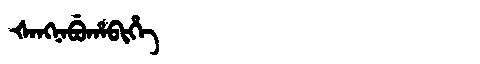
Manchu: ᡧᠠᠩᠨᠠᠪᡠᡥᠠᠪᡳᡥᡝ
Romanization: ŠANGNABUHABIHE